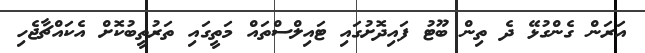
އަރަން ގެންގުޅޭ ދެ ތިން ބޫޓު ފައިދޮށުގައި ޓައިލްސްތައް މަތީގައި ތަރުތީބުކޮށް އެކައްޗާޖެހި